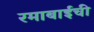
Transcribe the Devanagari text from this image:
रमाबाईची